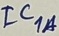
Text: IC1A